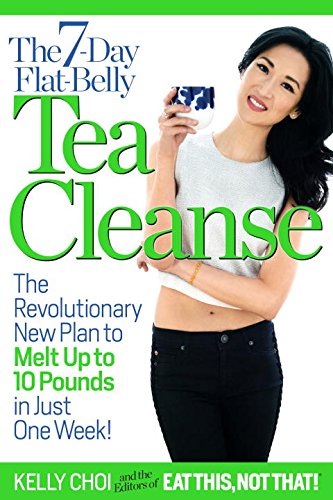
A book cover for The 7-Day Flat-Belly Tea Cleanse: The Revolutionary New Plan to Melt Up to 10 Pounds of Fat in Just One Week!; Kelly Choi; Health, Fitness & Dieting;